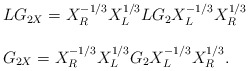
\begin{align*}\begin{array}{l}LG_{2X} =X^{-1/3}_{R}X^{1/3}_{L}LG_{2}X^{-1/3}_{L}X^{1/3}_{R} \\ \\G_{2X} = X^{-1/3}_{R}X^{1/3}_{L}G_{2}X^{-1/3}_{L}X^{1/3}_{R}.\\ \\\end{array}\end{align*}